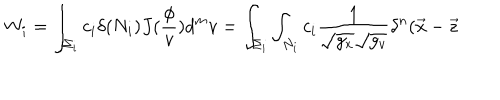
W _ { i } = \int _ { \Sigma _ { i } } c _ { i } \delta ( N _ { i } ) J ( \frac \phi v ) d ^ { m } v = \int _ { \Sigma _ { i } } \int _ { N _ { i } } c _ { i } \frac 1 { \sqrt { g _ { x } } \sqrt { g _ { v } } } \delta ^ { n } ( \vec { x } - \vec { z }